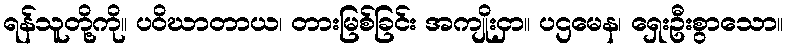
ရန်သူတို့ကို။ ပဝိဃာတာယ၊ တားမြစ်ခြင်း အကျိုးငှာ။ ပဌမေန၊ ရှေးဦးစွာသော။